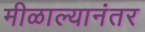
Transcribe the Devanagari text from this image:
मीळाल्यानंतर